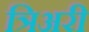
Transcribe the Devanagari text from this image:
त्रिअरी